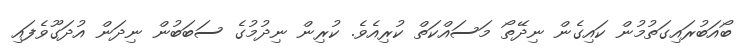
ބޯއަބުރައިގަތުމުން ކައިގެން ނިދޭތޯ މަސައްކަތް ކުރިއެވެ. ކުރިން ނިދުމުގެ ސަބަބުން ނިދަން އުދަގޫވެފައި